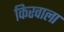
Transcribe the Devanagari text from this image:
किरवाला